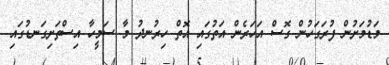
މަޑުމަށުން ފުރަގަހުން ގޮސް އަހަރެން އަތުގައި އޮތް ހިރުނދު މާ ސަމީހާ އިސްތަށިގަނޑުގައި